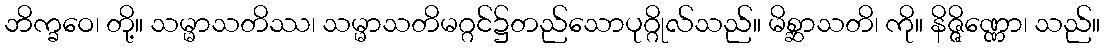
ဘိက္ခဝေ၊ တို့။ သမ္မာသတိဿ၊ သမ္မာသတိမဂ္ဂင်၌တည်သောပုဂ္ဂိုလ်သည်။ မိစ္ဆာသတိ၊ ကို။ နိဇ္ဇိဏ္ဏော၊ သည်။